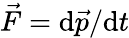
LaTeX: {\vec{F}}=\mathrm{d}{\vec{p}}/\mathrm{d}t